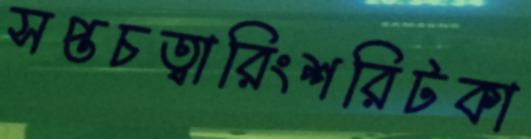
সপ্তচত্বারিংশরিটকা